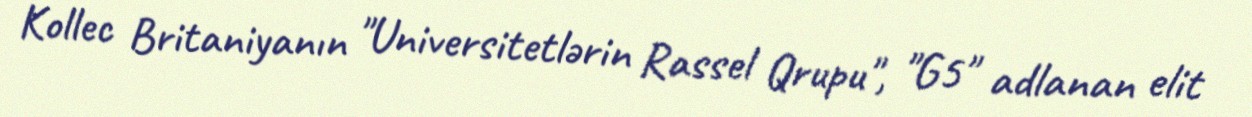
Kollec Britaniyanın "Universitetlərin Rassel Qrupu", "G5" adlanan elit